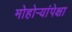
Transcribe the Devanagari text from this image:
मोहोऱ्यांपेक्षा